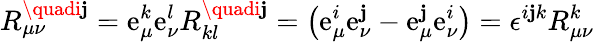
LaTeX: R_{\mu\nu}^{\quadi\mathbf{j}}=\mathrm{e}_{\mu}^{k}\mathrm{e}_{\nu}^{l}R_{kl}^{\quadi\mathbf{j}}=\left(\mathrm{e}_{\mu}^{i}\mathrm{e}_{\nu}^{\mathbf{j}}-\mathrm{e}_{\mu}^{\mathbf{j}}\mathrm{e}_{\nu}^{i}\right)=\epsilon^{i\mathbf{j}k}R_{\mu\nu}^{k}